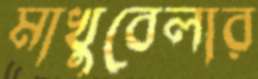
মাখুবেলার